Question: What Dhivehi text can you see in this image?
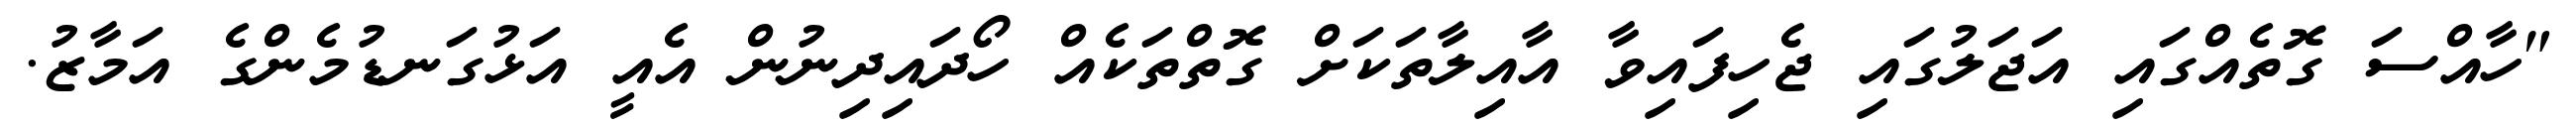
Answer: "ހާއްސަ ގޮތެއްގައި އަޖަލުގައި ޖެހިފައިވާ އާއިލާތަކަށް ގޮތްތަކެއް ހޯދައިދިނުން އެއީ އަޅުގަނޑުމެންގެ އަމާޒު.